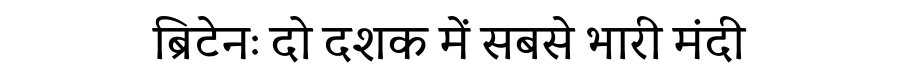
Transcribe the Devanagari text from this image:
ब्रिटेनः दो दशक में सबसे भारी मंदी